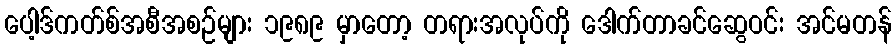
ပေါ့ဒ်ကတ်စ်အစီအစဉ်များ ၁၉၈၉ မှာတော့ တရားအလုပ်ကို ဒေါက်တာခင်ဆွေဝင်း အင်မတန်